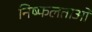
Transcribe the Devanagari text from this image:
निष्फलताओं